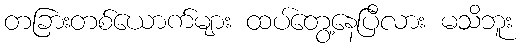
တခြားတစ်ယောက်များ ထပ်တွေ့နေပြီလား မသိဘူး